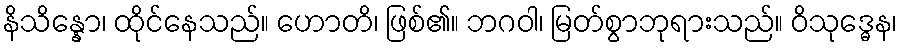
နိသိန္နော၊ ထိုင်နေသည်။ ဟောတိ၊ ဖြစ်၏။ ဘဂဝါ၊ မြတ်စွာဘုရားသည်။ ဝိသုဒ္ဓေန၊